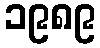
၁၉၈၉